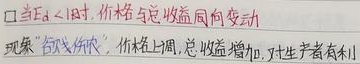
当 \(E_d<1\) 时，价格与总收益同向变动。现象：“谷贱伤农”，价格上调，总收益增加，对生产者有利。